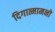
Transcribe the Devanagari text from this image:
दिगात्मामनो